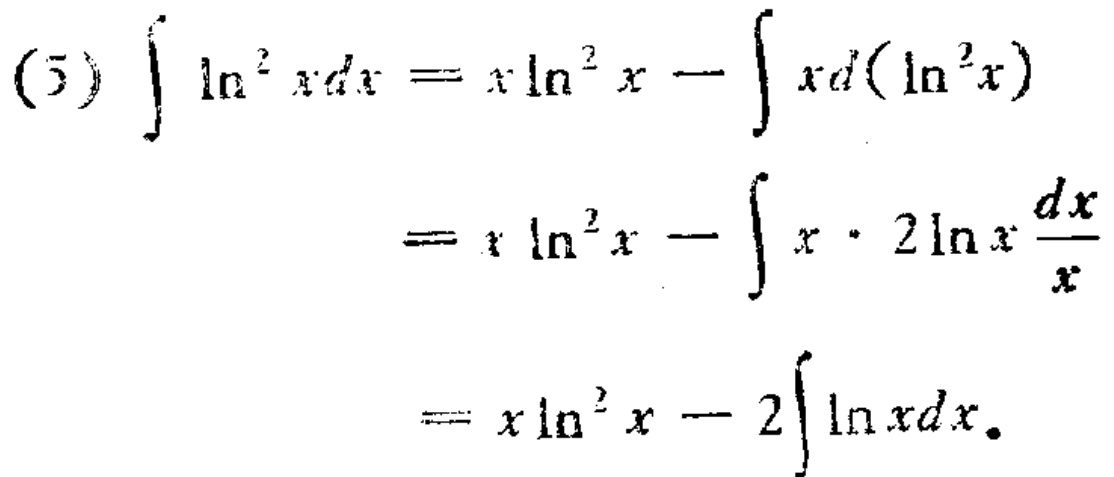
\begin{align*}

(5)\int \ln^{2}x dx&=x\ln^{2}x-\int xd(\ln^{2}x)\\

&=x\ln^{2}x-\int x\cdot 2\ln x\frac{dx}{x}\\

&=x\ln^{2}x - 2\int\ln xdx.

\end{align*}